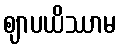
ဈာပယိဿာမ